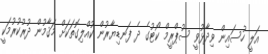
އަލީ ހުސައިން ވިދާޅުވީ ސުޕްރީމް ކޯޓުގެ ދެ ފަނޑިޔާރުން ކުއްލިގޮތަކަށް މަޤާމުން ދުރުކުރުމަކީ